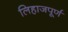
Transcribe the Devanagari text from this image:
लिहाजपूर्ण